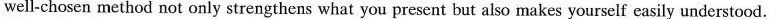
well-chosen method not only strengthens what you present but also makes yourself easily understood.